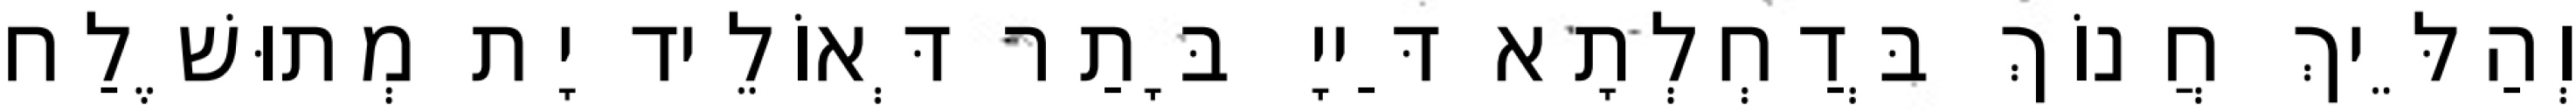
וְהַלֵּיךְ חֲנוֹךְ בְּדַחְלְתָא דַּייָ בָּתַר דְּאוֹלֵיד יָת מְתוּשֶׁלַח